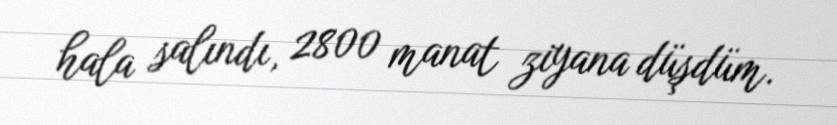
hala salındı, 2800 manat ziyana düşdüm.